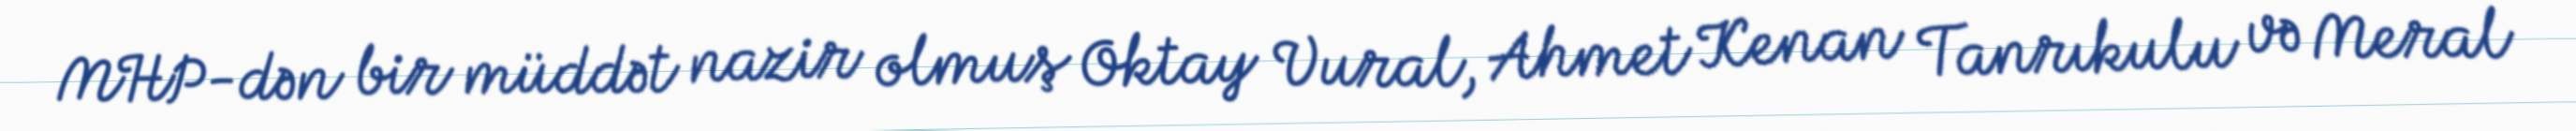
MHP-dən bir müddət nazir olmuş Oktay Vural, Ahmet Kenan Tanrıkulu və Meral